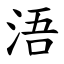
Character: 浯